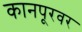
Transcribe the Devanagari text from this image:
कानपूरवर